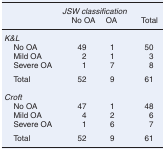
|  | <COLSPAN=3> JSW classification |
 |  | No OA | OA | Total |
 | --- | --- | --- | --- |
 | <COLSPAN=4> K&L |
 | No OA | 49 | 1 | 50 |
 | Mild OA | 2 | 1 | 3 |
 | Severe OA | 1 | 7 | 8 |
 | Total | 52 | 9 | 61 |
 | <COLSPAN=4> Croft |
 | No OA | 47 | 1 | 48 |
 | Mild OA | 4 | 2 | 6 |
 | Severe OA | 1 | 6 | 7 |
 | Total | 52 | 9 | 61 |